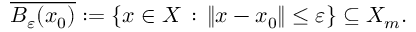
{ \overline { { B _ { \varepsilon } ( x _ { 0 } ) } } } : = \{ x \in X \, : \, \| x - x _ { 0 } \| \leq \varepsilon \} \subseteq X _ { m } .